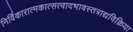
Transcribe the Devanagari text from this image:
निर्विकारात्मकात्सत्वादभावस्तत्राद्यविक्रिया